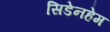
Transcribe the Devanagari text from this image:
सिडेनहेम